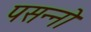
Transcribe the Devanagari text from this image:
पसन्नो